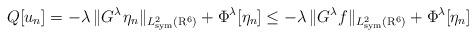
LaTeX: \begin{align*} Q[u_n]=-\lambda\,\lVert G^\lambda\mspace{1.5mu}\eta_n\rVert_{L^2_{\mathrm{sym}}(\mathrm{R}^6)}+\Phi^\lambda[\eta_n]\leq-\lambda\,\lVert G^\lambda f\rVert_{L^2_{\mathrm{sym}}(\mathrm{R}^6)}+\Phi^\lambda[\eta_n]\end{align*}